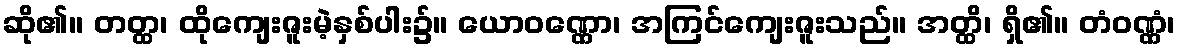
ဆို၏။ တတ္ထ၊ ထိုကျေးဇူးမဲ့နှစ်ပါး၌။ ယောဝဏ္ဏော၊ အကြင်ကျေးဇူးသည်။ အတ္ထိ၊ ရှိ၏။ တံဝဏ္ဏံ၊